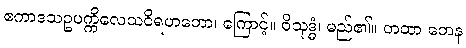
ဧကာဒသဥပက္ကိလေသဝိရဟတော၊ ကြောင့်။ ဝိသုဒ္ဓံ၊ မည်၏။ တထာ တေန